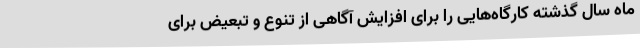
ماه سال گذشته کارگاه‌هایی را برای افزایش آگاهی از تنوع و تبعیض برای